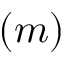
( m )